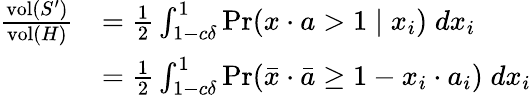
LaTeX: \begin{array}{rl}{\frac{\mathrm{vol}(S^{\prime})}{\mathrm{vol}(H)}}&{=\frac{1}{2}\int_{1-c\delta}^{1}\operatorname*{Pr}(x\cdot a>1\mid x_{i})\; dx_{i}}\\ &{=\frac{1}{2}\int_{1-c\delta}^{1}\operatorname*{Pr}(\bar{x}\cdot\bar{a}\ge 1-x_{i}\cdot a_{i})\; dx_{i}}\end{array}